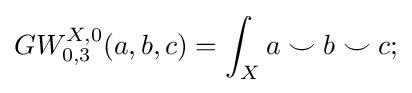
GW_{0,3}^{X,0}(a,b,c)=\int _{X}a\smile b\smile c;